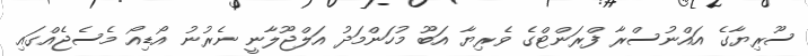
ސޫރިޔާގެ އައްނުސްރާ ފްރަންޓްގެ ވެރިޔާ އަބޫ މުހަންމަދު އަލްޖޫލާނީ ނެރުނު އޯޑިއޯ މެސެޖެއްގައި